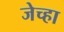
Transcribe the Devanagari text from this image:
जेच्हा